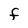
Character: F